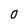
Character: 0